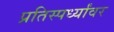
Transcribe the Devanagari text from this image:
प्रतिस्पर्ध्यांवर